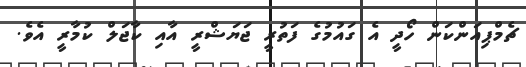
ޗެމްޕިއަންކަން ހޯދީ އެ ގައުމުގެ ފަތުރީ ޖަޔަޝްރީ އާއި ކާޖަލް ކުމާރީ އެވެ.